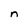
Character: n